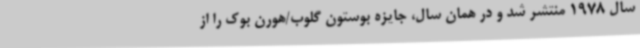
سال 1978 منتشر شد و در همان سال، جایزه‌ بوستون گلوب/هورن بوک را از